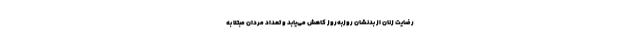
رضایت زنان از بدنشان روزبه‌روز کاهش می‌یابد و تعداد مردان مبتلا به